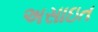
અસાઇત